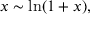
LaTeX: x \sim \ln ( 1 + x ) ,